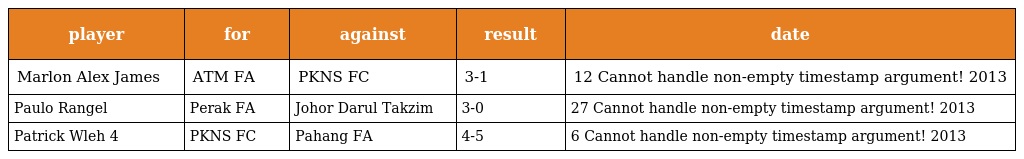
| player | for | against | result | date |
 | --- | --- | --- | --- | --- |
 | Marlon Alex James | ATM FA | PKNS FC | 3-1 | 12 Cannot handle non-empty timestamp argument! 2013 |
 | Paulo Rangel | Perak FA | Johor Darul Takzim | 3-0 | 27 Cannot handle non-empty timestamp argument! 2013 |
 | Patrick Wleh 4 | PKNS FC | Pahang FA | 4-5 | 6 Cannot handle non-empty timestamp argument! 2013 |